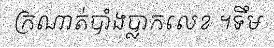
ក្រណាត់បាំងប្លាកលេខ ។ទឹម